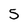
Character: 5